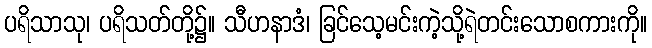
ပရိသာသု၊ ပရိသတ်တို့၌။ သီဟနာဒံ၊ ခြင်သေ့မင်းကဲ့သို့ရဲတင်းသောစကားကို။